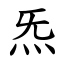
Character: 炁